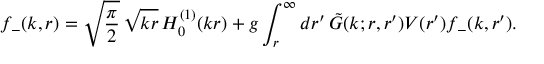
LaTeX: f _ { - } ( k , r ) = \sqrt { { \displaystyle { \frac { \pi } { 2 } } } } \, \sqrt { k r } \, H _ { 0 } ^ { ( 1 ) } ( k r ) + g \int _ { r } ^ { \infty } d r ^ { \prime } \, \tilde { G } ( k ; r , r ^ { \prime } ) V ( r ^ { \prime } ) f _ { - } ( k , r ^ { \prime } ) .